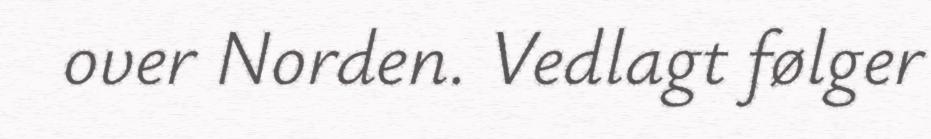
over Norden. Vedlagt følger